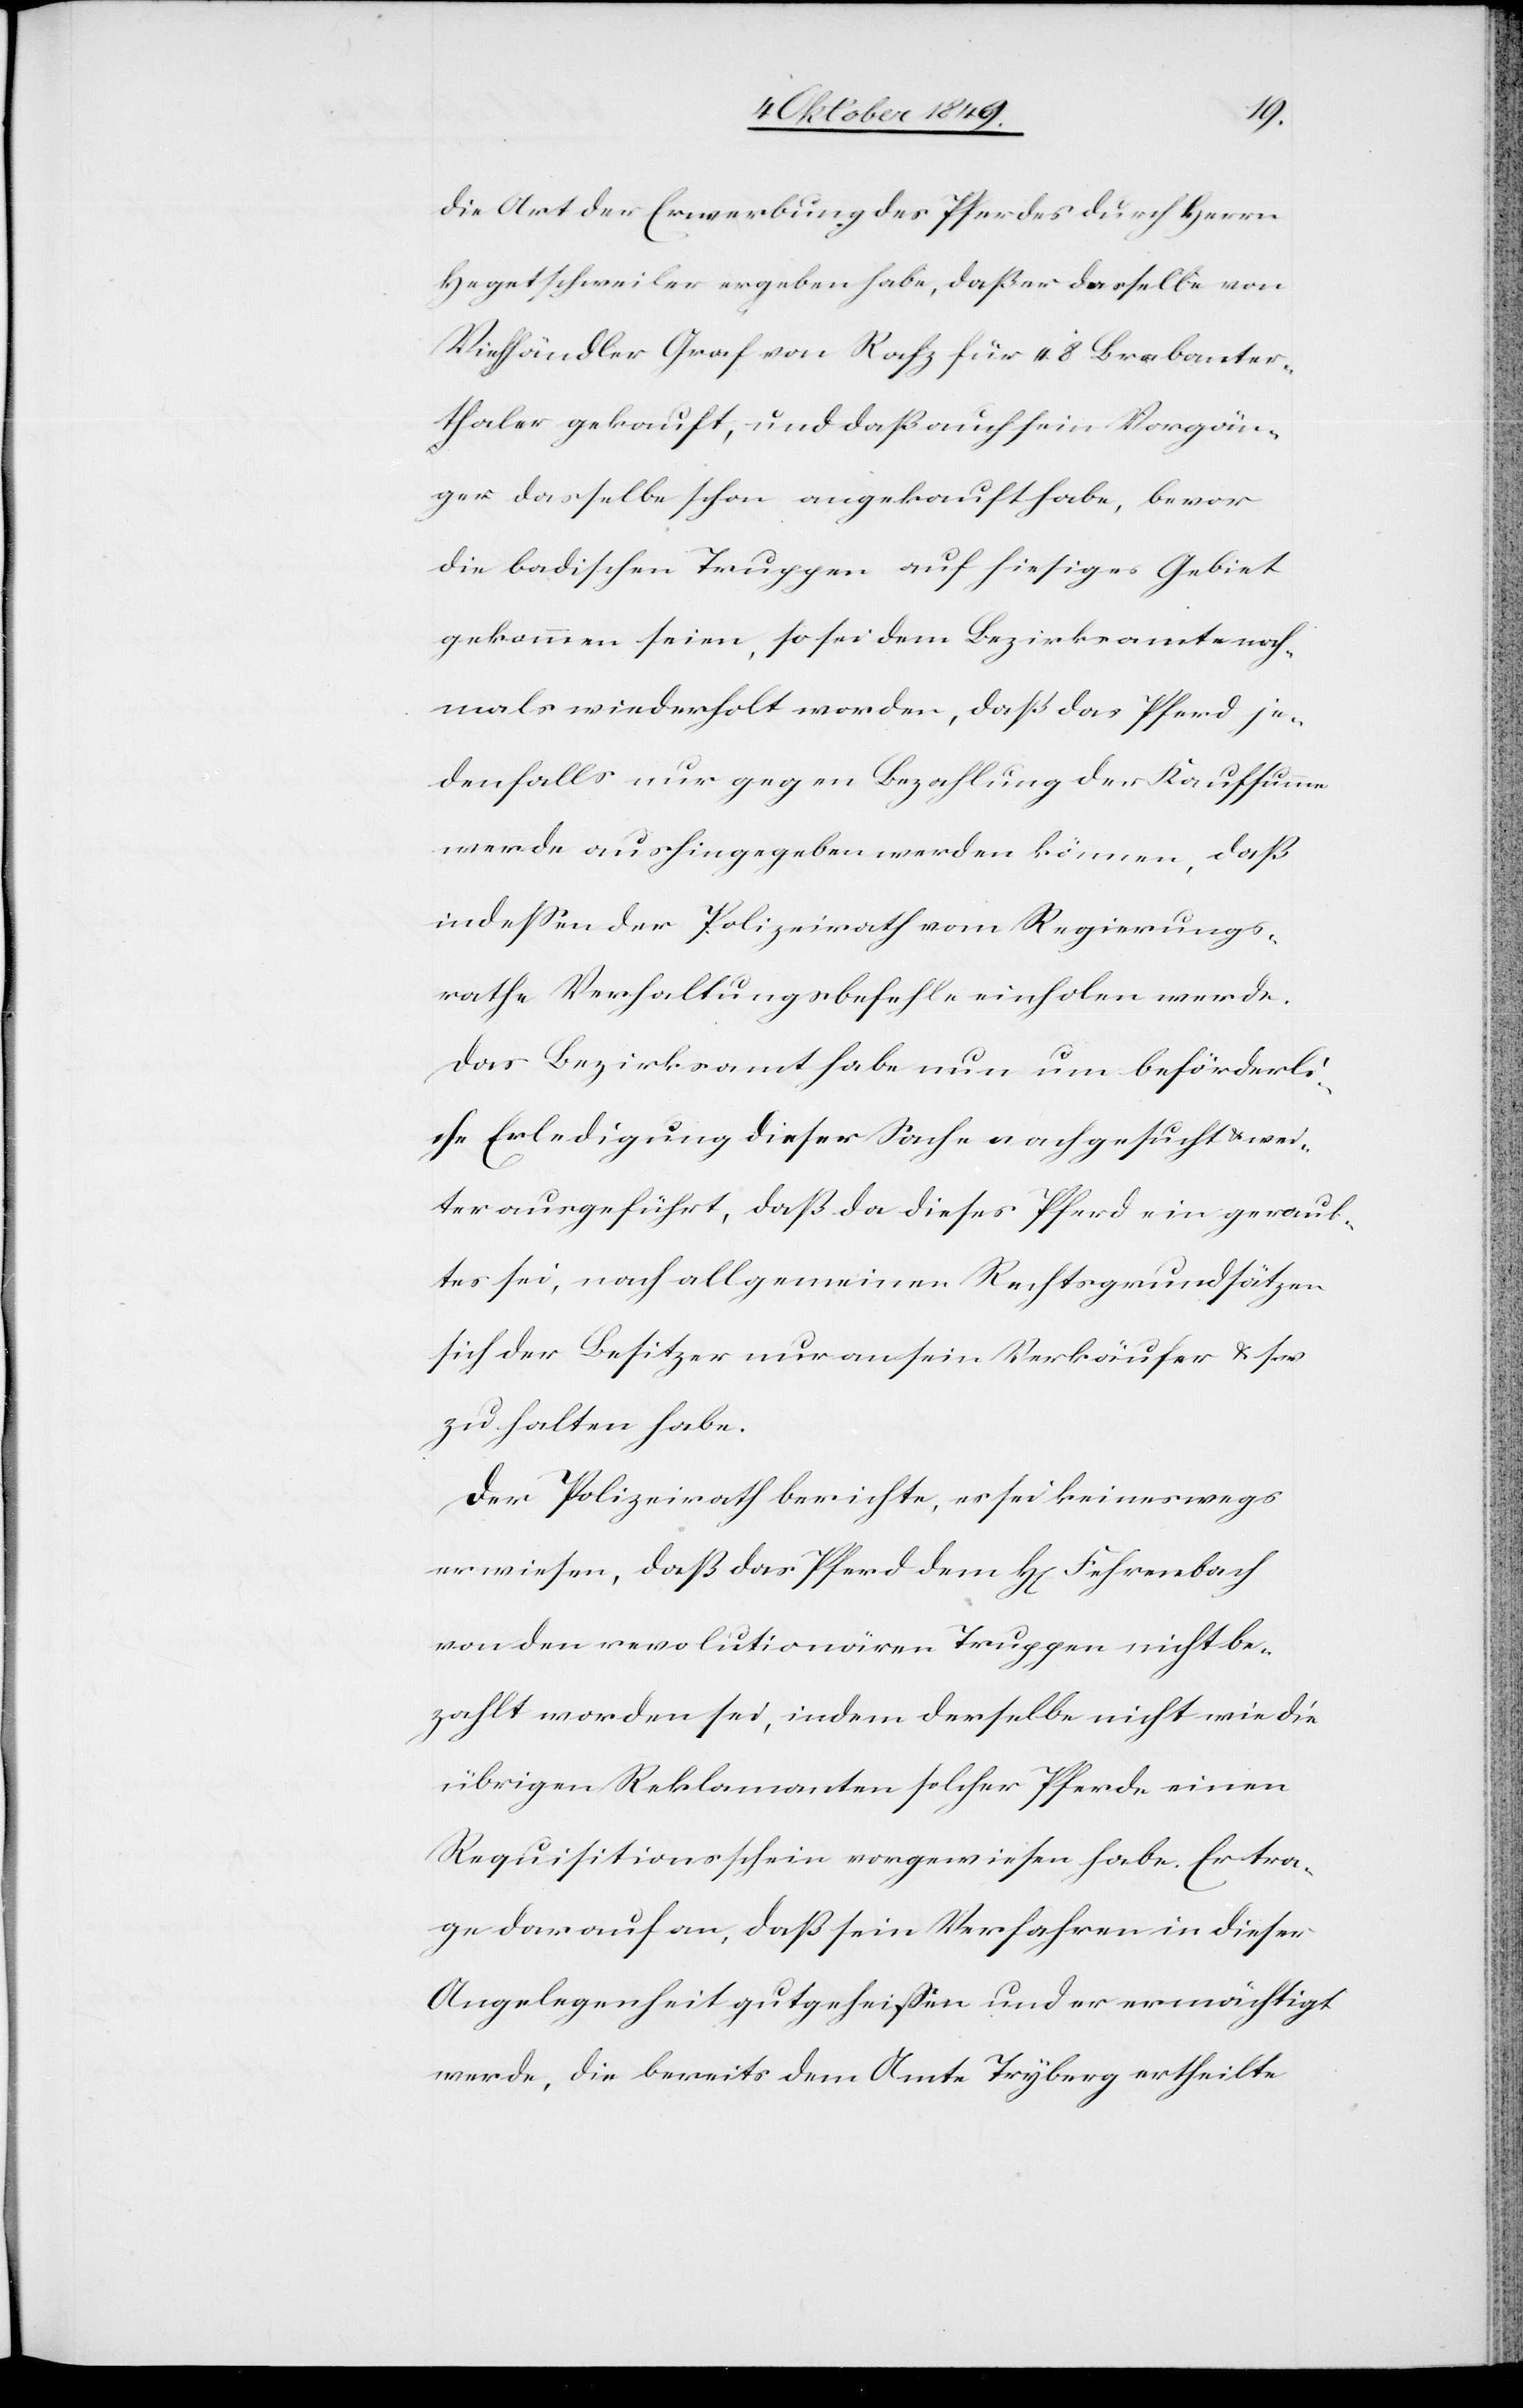
die Art der Erwerbung des Pferdes durch Herrn
Hegetschweiler ergeben habe, daß er dasselbe von
Viehhändler Graf von Rafz für 48 Brabanter¬
thaler gekauft, und daß auch sein Vorgän¬
ger dasselbe schon angekauft habe, bevor
die badischen Truppen auf hiesiges Gebiet
gekommen seien, so sei dem Bezirksamte noch¬
mals wiederholt worden, daß das Pferd je¬
denfalls nur gegen Bezahlung der Kaufsumme
werde aushingegeben werden können, daß
indeßen der Polizeirath vom Regierungs¬
rathe Verhaltungsbefehle einholen werde.
Das Bezirksamt habe nun um beförderli¬
che Erledigung dieser Sache nachgesucht u. wei¬
ter ausgeführt, daß da dieses Pferd ein geraub¬
tes sei, nach allgemeinen Rechtsgrundsätzen
sich der Besitzer nur an sein Verkäufer u. s.
zu halten habe.
Der Polizeirath berichte, es sei keineswegs
erwiesen, daß das Pferd dem H[errn] Fehrenbach
von den revolutionären Truppen nicht be¬
zahlt worden sei, indem derselbe nicht wie die
übrigen Reklamanten solcher Pferde einen
Requistionsschein vorgewiesen habe. Er tra¬
ge darauf an, daß sein Verfahren in dieser
Angelegenheit gutgeheißen und er ermächtigt
werde, die bereits dem Amte Tryberg ertheilte